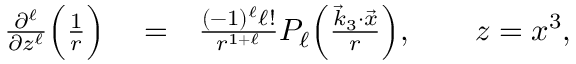
\begin{array} { r l r } { \frac { \partial ^ { \ell } } { \partial z ^ { \ell } } \Big ( \frac { 1 } { r } \Big ) } & { { } = } & { \frac { ( - 1 ) ^ { \ell } \ell ! } { r ^ { 1 + \ell } } P _ { \ell } \Big ( \frac { { \vec { k } } _ { 3 } \cdot { \vec { x } } } { r } \Big ) , \qquad z = x ^ { 3 } , } \end{array}